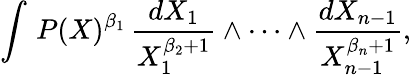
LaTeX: \int\, P(X)^{\beta_{1}}\, {\frac{dX_{1}}{X_{1}^{\beta_{2}+1}}}\wedge\cdots\wedge{\frac{dX_{n-1}}{X_{n-1}^{\beta_{n}+1}}},